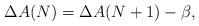
LaTeX: \begin{align*}\Delta A(N) = \Delta A(N+1) - \beta,\end{align*}